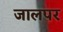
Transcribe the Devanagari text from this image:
जालपर